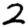
Digit: 2